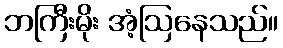
ဘကြီးမိုး အံ့ဩနေသည်။